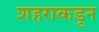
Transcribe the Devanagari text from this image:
शहराकडून